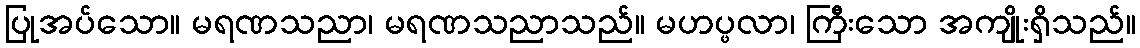
ပြုအပ်သော။ မရဏသညာ၊ မရဏသညာသည်။ မဟပ္ဖလာ၊ ကြီးသော အကျိုးရှိသည်။